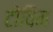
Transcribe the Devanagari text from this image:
टोविम